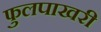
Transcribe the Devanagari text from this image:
फुलपाखरी